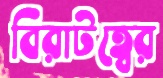
বিরাটত্বের